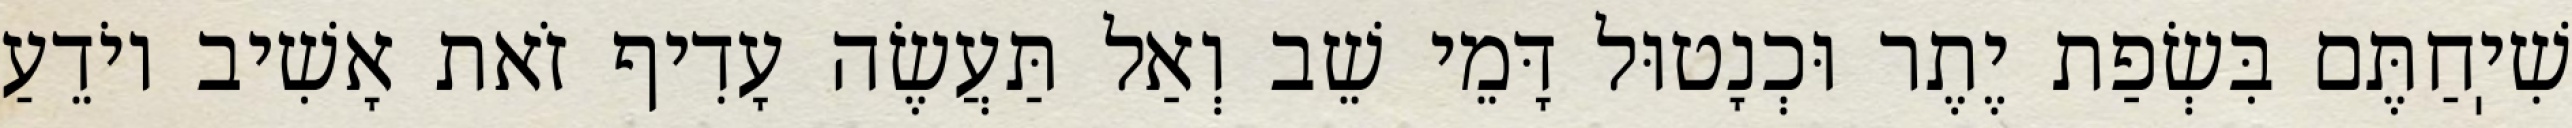
שִׁיֽחַתֶּם בִּשְׂפַת יֶתֶר וּכְנָטוּל דָּמֵי שֵׁב וְאַל תַּעֲשֶׂה עָדִיף זֹאת אָשִׁיב יוֹדֵעַ